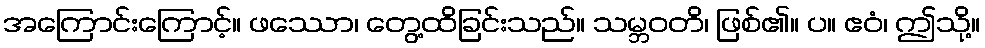
အကြောင်းကြောင့်။ ဖဿော၊ တွေ့ထိခြင်းသည်။ သမ္ဘဝတိ၊ ဖြစ်၏။ ပ။ ဧဝံ၊ ဤသို့။